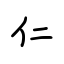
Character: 仁